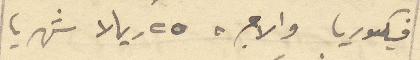
فيكتوريا والاجر ٢٥ ريالا شهريا